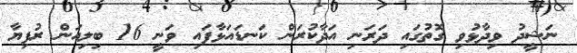
ނަޝީދު ވިދާޅުވި ގޮތުގައި ދަރަނި އަދާކުރަން ކަނޑައަޅާފައި ވަނީ 16 ބިލިއަން ރުފިޔާ